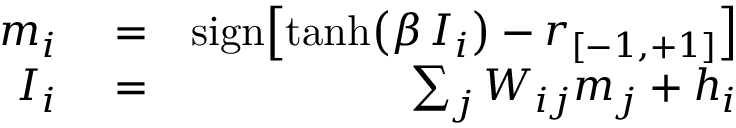
\begin{array} { r l r } { m _ { i } } & { { } = } & { \mathrm { s i g n } { \left[ \mathrm { t a n h } { \left( \beta \, I _ { i } \right) } - r _ { [ - 1 , + 1 ] } \right] } } \\ { I _ { i } } & { { } = } & { \sum _ { j } W _ { i j } m _ { j } + h _ { i } } \end{array}